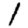
Digit: 1